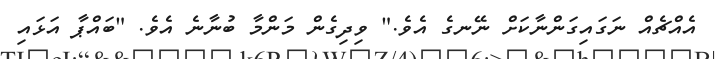
އެއްޗެއް ނަގައިގަންނާކަށް ނޭނގެ އެވެ." ވިދިގެން މަންމާ ބުނާނެ އެވެ. "ބައްޕާ އަޅައި